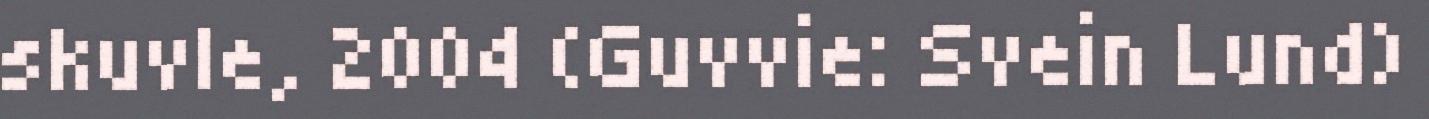
skuvle, 2004 (Guvvie: Svein Lund)